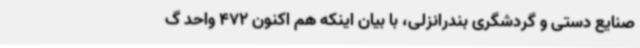
صنایع دستی و گردشگری بندرانزلی، با بیان اینکه هم اکنون 472 واحد گ